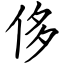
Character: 侈